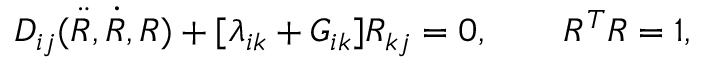
\begin{array} { r } { D _ { i j } ( \ddot { R } , \dot { R } , R ) + [ \lambda _ { i k } + G _ { i k } ] R _ { k j } = 0 , \qquad R ^ { T } R = 1 , } \end{array}